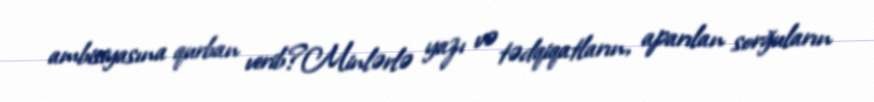
ambisiyasına qurban verib?Minlərlə yazı və tədqiqatların, aparılan sorğuların